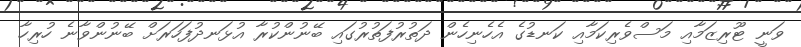
ވަނީ ޓޫރިޒަމާއި މަސްވެރިކަމާއި ކަނޑުގެ އެހެނިހެން ދަތުރުފަތުރުގައި ބޭނުންކުރާ އުޅަނދުފަހަރަށް ބޭނުންވާނެ ހުރިހާ